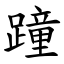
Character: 蹱